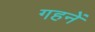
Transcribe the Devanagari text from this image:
गहनें